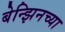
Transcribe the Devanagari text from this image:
बेन्झिनच्या